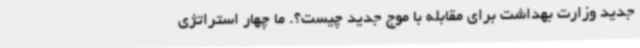
جدید وزارت بهداشت برای مقابله با موج جدید چیست؟. ما چهار استراتژی